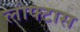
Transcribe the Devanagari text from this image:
लोफ्टास